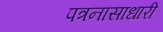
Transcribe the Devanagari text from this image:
पत्रनासाधारी